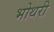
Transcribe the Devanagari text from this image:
भोथरी